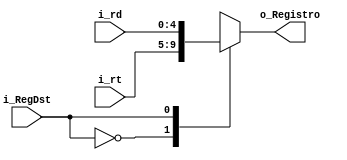
`timescale 1ns / 1ps
//////////////////////////////////////////////////////////////////////////////////
// Company: 
// Engineer: 
// 
// Design Name: 
// Module Name: Mux_Registro
// Project Name: 
// Target Devices: 
// Tool Versions: 
// Description: 
// 
// Dependencies: 
// 
// Revision:
// Revision 0.01 - File Created
// 
//////////////////////////////////////////////////////////////////////////////////


module Mux_Registro
    #(
        parameter NBITS = 5
    )
    (
        input   wire                          i_RegDst      ,
        input   wire     [NBITS-1      :0]    i_rd          ,
        input   wire     [NBITS-1      :0]    i_rt          ,
        output  wire     [NBITS-1      :0]    o_Registro                 
    );
    
    reg [NBITS-1  :0]   to_Reg      ;
    assign  o_Registro   =   to_Reg ;
    
    always @(*)
    begin
        case(i_RegDst)
            1'b0:   to_Reg  <=  i_rt    ;   
            1'b1:   to_Reg  <=  i_rd    ;
        endcase
    end
endmodule